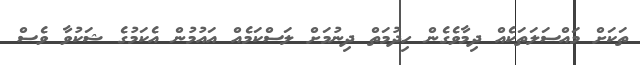
ތަކަށް މައްސަލަތަކެއް ދިމާވެގެން ހިދުމަތް ދިނުމަށް ލަސްކަމެއް އައުމުން އެކަމުގެ ޝަކުވާ ވެސް